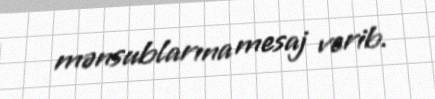
mənsublarına mesaj verib.